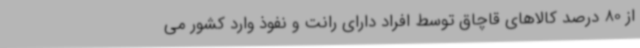
از 80 درصد کالاهای قاچاق توسط افراد دارای رانت و نفوذ وارد کشور می